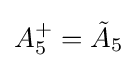
A_{5}^{+}={\tilde {A}}_{5}